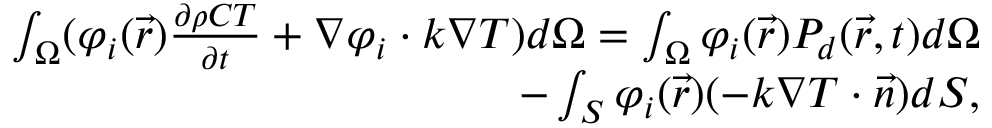
\begin{array} { r } { \int _ { \Omega } ( \varphi _ { i } ( \vec { r } ) \frac { \partial \rho C T } { \partial t } + \nabla \varphi _ { i } \cdot k \nabla T ) d \Omega = \int _ { \Omega } \varphi _ { i } ( \vec { r } ) P _ { d } ( \vec { r } , t ) d \Omega } \\ { - \int _ { S } \varphi _ { i } ( \vec { r } ) ( - k \nabla T \cdot \vec { n } ) d S , } \end{array}